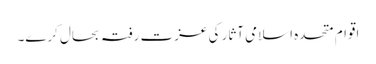
اقوام متحدہ اسلامی آثار کی عزت رفتہ بحال کرے۔